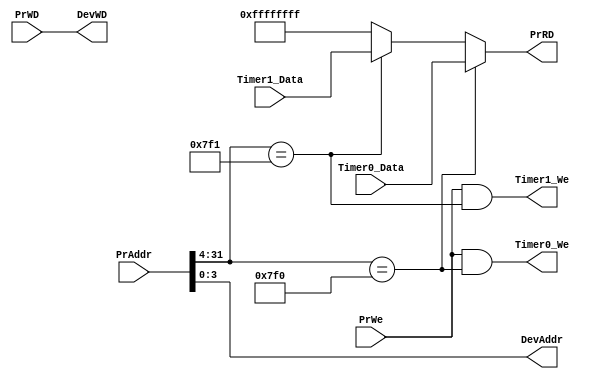
`timescale 1ns / 1ps
//////////////////////////////////////////////////////////////////////////////////
// Company: 
// Engineer: 
// 
// Design Name: 
// Module Name:    Bridge 
// Project Name: 
// Target Devices: 
// Tool versions: 
// Description: 
//
// Dependencies: 
//
// Revision: 
// Revision 0.01 - File Created
// Additional Comments: 
//
//////////////////////////////////////////////////////////////////////////////////

`define DEBUG_DEV_DATA 32'hffffffff

module Bridge(
    input [31:0] PrAddr,
    input [31:0] PrWD,
    input PrWe,
    input [31:0] Timer0_Data,
    input [31:0] Timer1_Data,
    output [31:0] PrRD,
    output Timer0_We,
    output Timer1_We,
    output [3:0] DevAddr,
    output [31:0] DevWD
    );
	 
	 wire HitTimer0;
	 wire HitTimer1;
	
	 assign HitTimer0 = (PrAddr[31:4] == 28'h00007f0);
	 assign HitTimer1 = (PrAddr[31:4] == 28'h00007f1);
	 
	 assign Timer0_We = PrWe && HitTimer0;
	 assign Timer1_We = PrWe && HitTimer1;
	 
	 assign DevAddr = PrAddr[3:0];
	 
	 assign DevWD = PrWD;
	 
	 assign PrRD = (HitTimer0) ? Timer0_Data:
	               (HitTimer1) ? Timer1_Data:
									 `DEBUG_DEV_DATA;
	           

endmodule